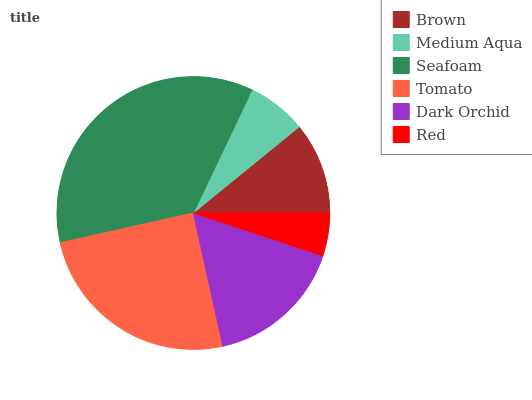
| Brown | Medium Aqua | Seafoam | Tomato | Dark Orchid | Red |
 | --- | --- | --- | --- | --- | --- |
 | 10.9% | 7.05% | 35.6% | 25% | 16.4% | 5.07% |